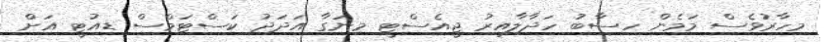
މިހާރުވެސް މަމެން ހިސާބު ހަދާލާއިރު ޖީއެސްޓީ މިނަގާ އަދަދު ކަސްޓަމްސް ޑިއުޓީ އަށް